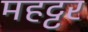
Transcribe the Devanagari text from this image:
महट्टर